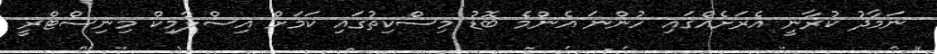
ނަމާދު ކުރާނީ އެރަށެއްގައި ހުންނަ އެންމެ ބޮޑު މިސްކިތުގައި ކަމަށް އިސްލާމިކް މިނިސްޓްރީ